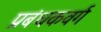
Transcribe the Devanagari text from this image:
प्रबंधकवर्ग